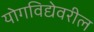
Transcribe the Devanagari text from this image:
योगविद्येवरील